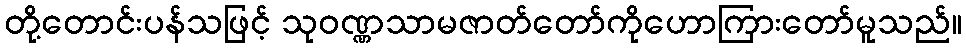
တို့တောင်းပန်သဖြင့် သုဝဏ္ဏသာမဇာတ်တော်ကိုဟောကြားတော်မူသည်။